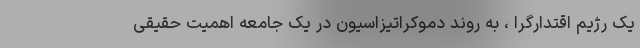
یک رژیم اقتدارگرا ، به روند دموکراتیزاسیون در یک جامعه اهمیت حقیقی